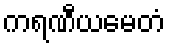
ကရဏီယမေတံ